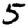
Digit: 5